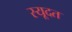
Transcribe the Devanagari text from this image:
स्यूदत